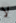
لا